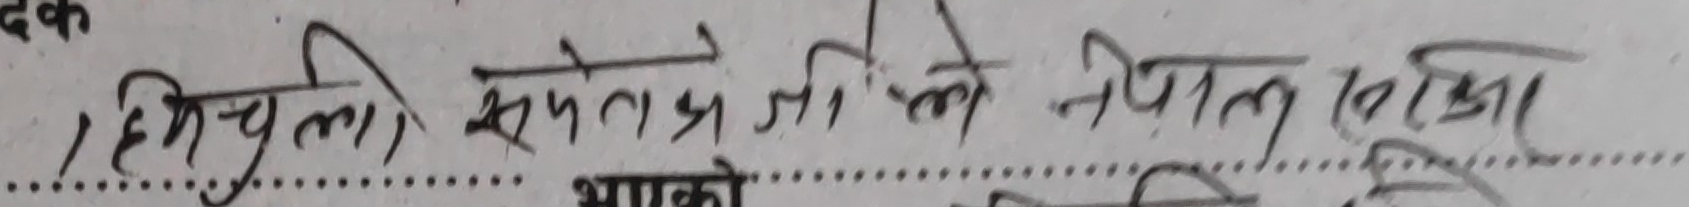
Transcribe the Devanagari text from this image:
१ हिमचुली समेत जी को नेपाल यात्रा